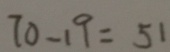
7 0 - 1 9 = 5 1